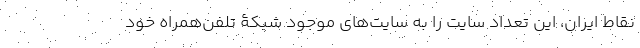
نقاط ایران، این تعداد سایت را به سایت‌های موجود شبکۀ تلفن‌همراه خود